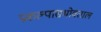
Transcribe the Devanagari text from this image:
प्रकल्पासभोवताल